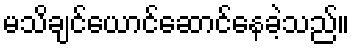
မသိချင်ယောင်ဆောင်နေခဲ့သည်။